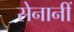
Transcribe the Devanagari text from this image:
सेनानीं